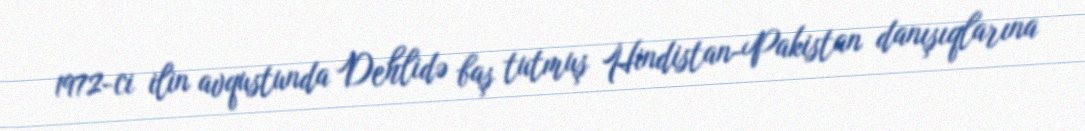
1972-ci ilin avqustunda Dehlidə baş tutmuş Hindistan-Pakistan danışıqlarına